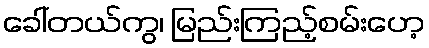
ခေါ်တယ်ကွ၊ မြည်းကြည့်စမ်းဟေ့